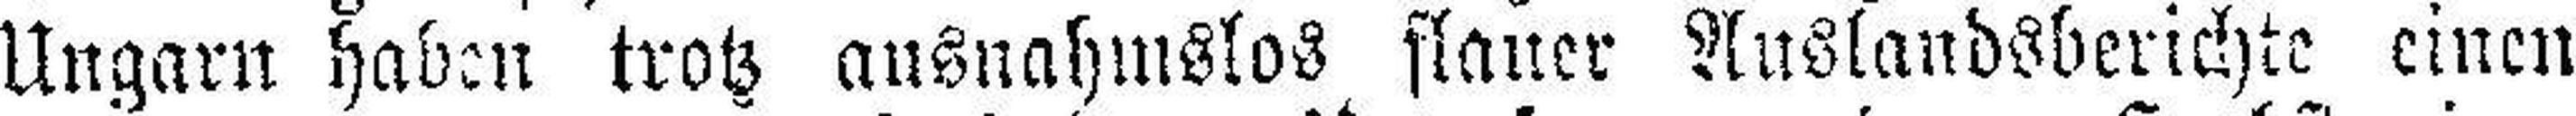
Ungarn haben trotz ausnahmslos flauer Auslandsberichte einen